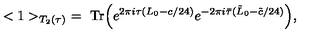
< 1 > _ { T _ { 2 } ( \tau ) } \ = \ \mathrm { T r } \Bigl ( e ^ { 2 \pi i \tau ( L _ { 0 } - c / 2 4 ) } e ^ { - 2 \pi i \bar { \tau } ( \tilde { L } _ { 0 } - \tilde { c } / 2 4 ) } \Bigr ) ,